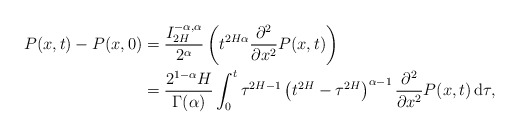
\begin{align*}P(x,t)-P(x,0)&= \frac{I_{2H}^{-\alpha, \alpha}}{2^{\alpha}}\left(t^{2H\alpha}\frac{\partial^2}{\partial x^2}P(x,t)\right)\\ &= \frac{2^{1-\alpha}H}{\Gamma(\alpha)}\int_0^t \tau^{2H-1}\left(t^{2H}-\tau^{2H}\right)^{\alpha-1}\frac{\partial^2}{\partial x^2}P(x,t)\,\mathrm{d}\tau,\end{align*}